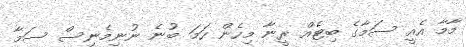
މާމާ އެއީ ސަމާގެ ބިޓެއް ރީނާ މިހެން ހަމަ ބުނެ ނުނިމެނިސް ސަމާ